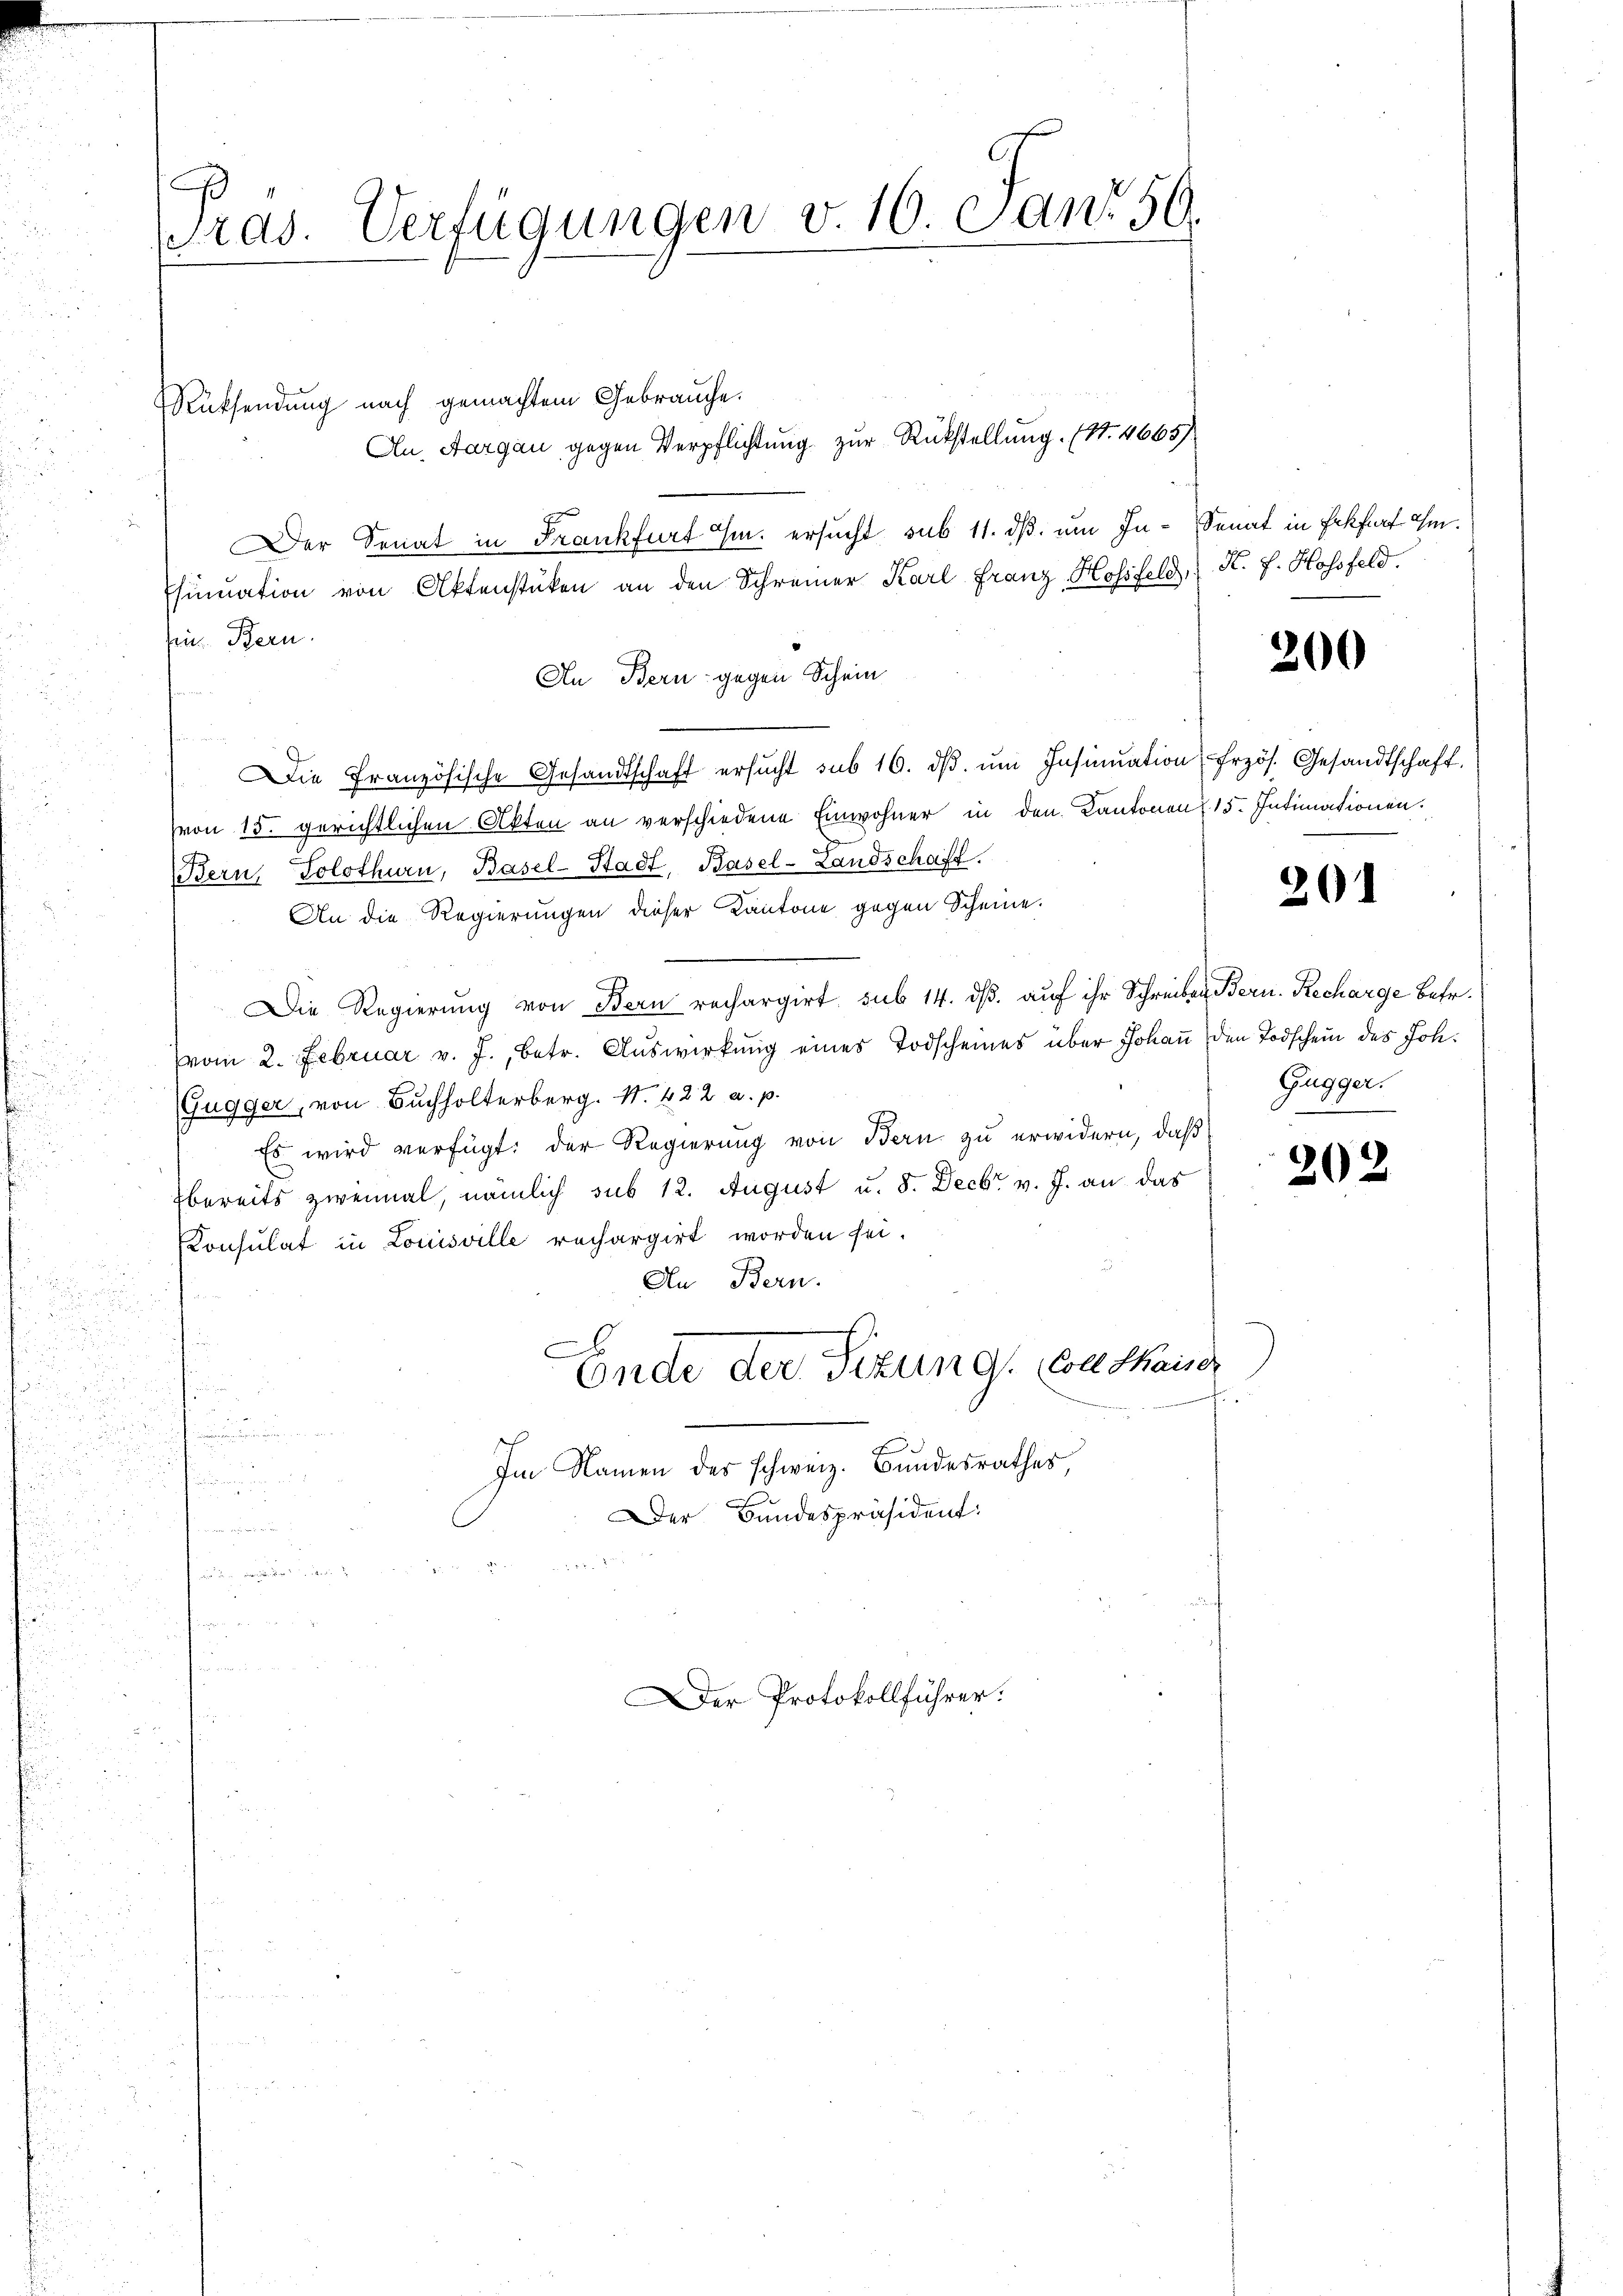
Pras. Verfügungen v. 16. Jan. 50.

Rüksendung nach gemachtem Gebrauche.
Au, Aargau gegen Verpflichtung zur Rückstellung. (S. 4665)
Der Senat in Frankfurt E. ersucht sub 11. ds. um In-Senat in Erkhart ihm.
sinuation von Aktenstüken an den Schreiner Karl Franz Hossfeld, K. J. Hofsfeld.
Ein Bern.
An Bern gegen Schein
u
Die Französische Gesandtschaft ersŭcht sub 16. dβ ŭm Insinuation frzös. Gesandtschaft.
(von 15. gerichtlichen Akten an verschiedene Einwohner in den Kantonen 15. Intimationen.
Bern, Solothurn, Basel-Stadt, Basel-Landschaft.
An die Regierungen dieser Kantone gegen Scheine.
Die Regierŭng von Bern rechargirt, sub 14. dβ aŭf ihr Schreiben Bern. Recharge betr.
vom 2. Februar v. J., betr. Auswirkung eines Todscheines über Johaṅ den Todschein des Joh.
(Gugger, von Buchholterberg. N. 422 a. p.
Es wird verfügt: der Regierung von Bern zu erwidern, daß
bereits zweimal, nämlich sub 12. August u. 8. Decbr v. J. an das
Konsulat in Louisville rechargirt worden sei.
An Bern.
Ende der Sitzung, Conthaiser
i

.
Im Namen des schweiz. Bundesrathes
n
Der Bundespräsident:
u

Der Protokollführer.

200

20.

Gugger.

202